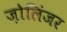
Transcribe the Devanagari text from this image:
ज़ोलिंजर